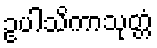
ဥပါသိကာသုတ္တံ